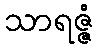
သာရဇ္ဇံ